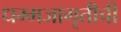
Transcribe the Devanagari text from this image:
धम्मजागृतीची